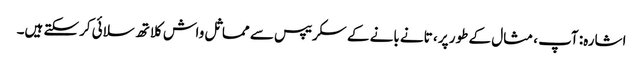
اشارہ: آپ ، مثال کے طور پر ، تانے بانے کے سکریپس سے مماثل واش کلاتھ سلائی کرسکتے ہیں۔